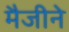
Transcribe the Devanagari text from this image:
मैजीने